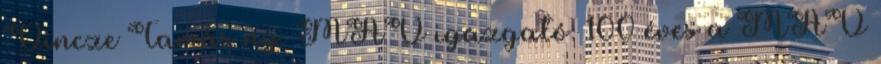
Vincze Tamás ny. MÁV igazgató: 100 éves a MÁV